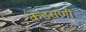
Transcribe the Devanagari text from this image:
कडसणी